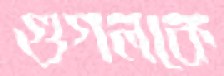
গুগলকে